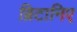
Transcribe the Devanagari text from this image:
ब्रिटानिए